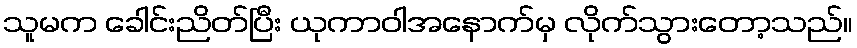
သူမက ခေါင်းညိတ်ပြီး ယုကာဝါအနောက်မှ လိုက်သွားတော့သည်။